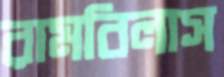
রামবিলাস